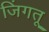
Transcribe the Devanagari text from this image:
जिंगतू